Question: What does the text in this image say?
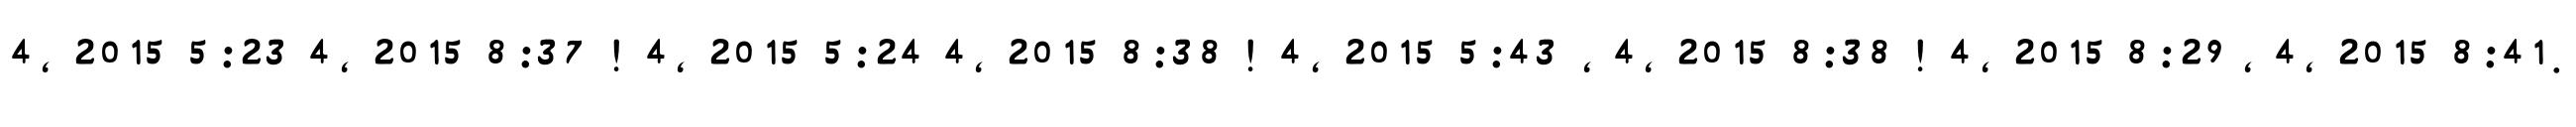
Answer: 4, 2015 5:23 4, 2015 8:37 ! 4, 2015 5:24 4, 2015 8:38 ! 4, 2015 5:43 , 4, 2015 8:38 ! 4, 2015 8:29 , 4, 2015 8:41.